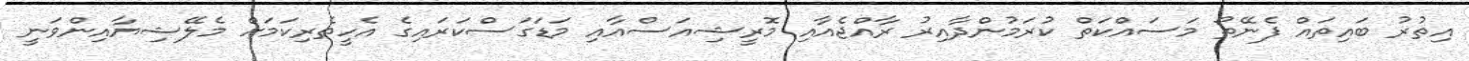
އިތުރު ބައިތައް ފެނޭތޯ މަސައްކަތް ކުރަމުންދާއިރު ރާއްޖެއާއި މޮރީޝިއަސްއާއި މަޑަގަސްކަރައިގެ އެހީތެރިކަމަށް މެލޭޝިޔާއިންވަނީ